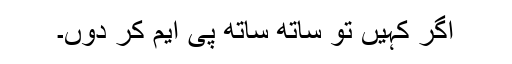
اگر کہیں تو ساتھ ساتھ پی ایم کر دوں۔